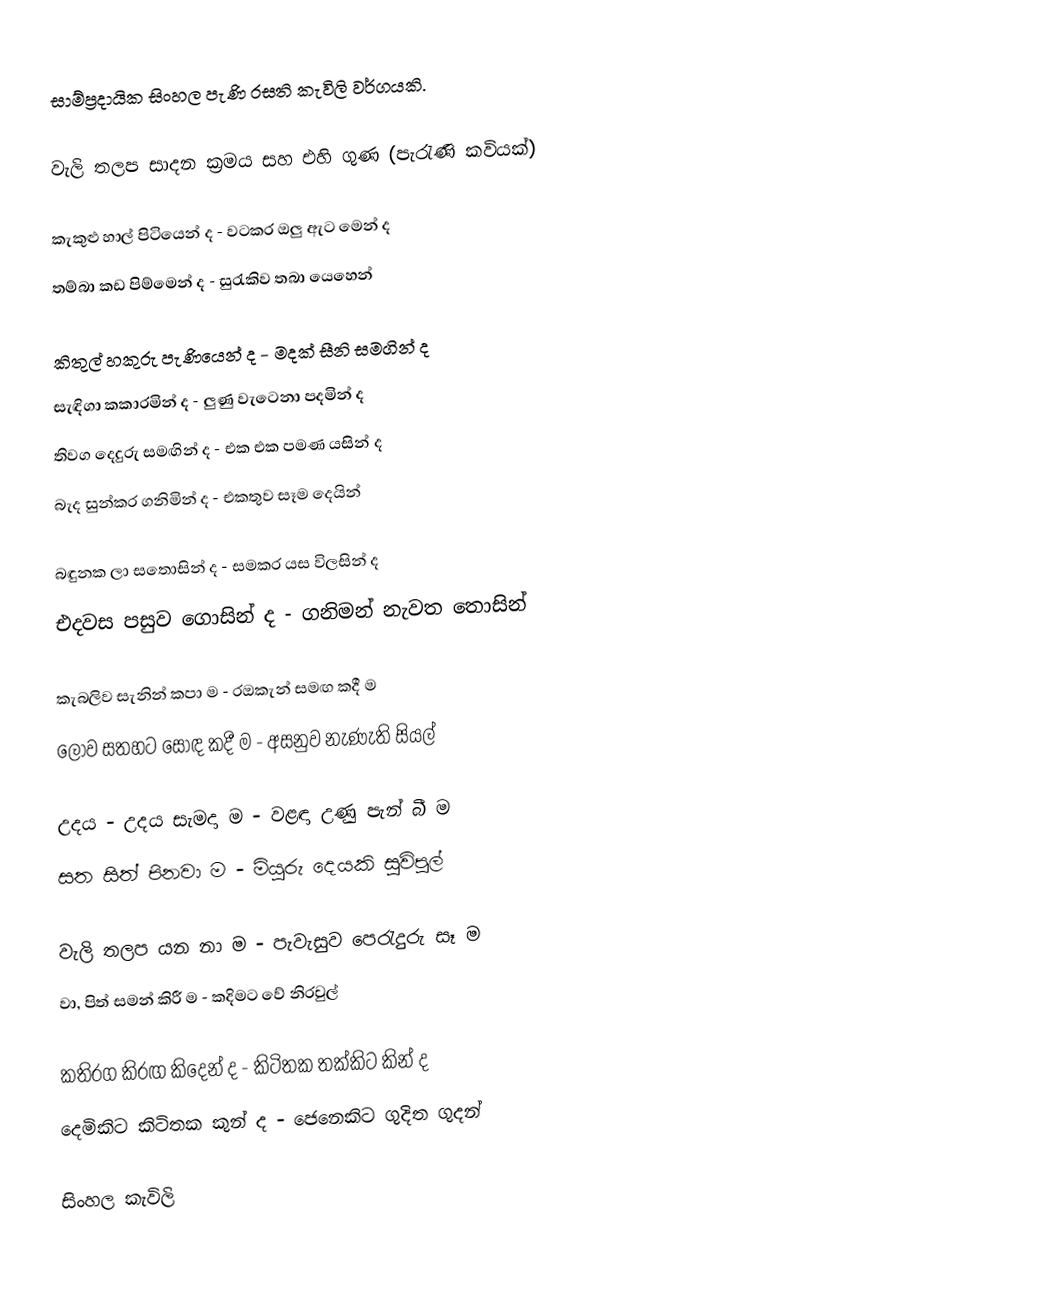
සාම්ප්‍රදායික සිංහල පැණි රසති කැවිලි වර්ගයකි.

වැලි තලප සාදන ක්‍රමය සහ එහි ගුණ (පැරැණි කවියක්)

කැකුළු හාල් පිටියෙන්	ද   -   ව‍ටකර ඔලු ඇට මෙන් 	ද
තම්බා කඩ පිම්මෙන්	ද   -   සුරැකිව තබා යෙහෙන්

කිතුල් හකුරු පැණියෙන්	ද   -   මදක් සීනි සමගින්		ද
සැඳිගා කකාරමින්	                ද   -   ලුණු වැටෙනා පදමින්	ද
තිවග දෙදුරු සමඟින්	        ද   -   එක එක පමණ යසින්	ද
බැද සුන්කර ගනිමින්	        ද   -   එකතුව සෑම දෙයින්

බඳුනක ලා සතොසින් 	ද   -   සමකර යස විලසින් 	   ද
එදවස පසුව ගොසින්	ද   -   ගනිමන් නැවත තොසින්

කැබලිව සැනින් කපා	ම   -   රඔකැන් සමඟ කදී	ම
ලොව සතහට සොඳ කදී	ම   -   අසනුව නැණැති සියල්

උදය - උදය සැමදා	        ම   -   වළඳා උණු පැන් බී	ම
සත සිත් පිනවා		ම   -   මියුරු දෙයකි සුවිපුල්

වැලි තලප යන නා  	ම   -   පැවැසුව පෙරැදුරු සෑ	ම
වා, පිත් සමන් කිරී	        ම   -   කදිමට වේ නිරවුල්

කතිරග කිරඟ කිදෙන් 	ද   -   කිටිතක තක්කිට කින්	ද
දෙමිකිට කිටිතක කුන්	ද   -   ජෙනෙකිට ගුදිත ගුදන්

සිංහල ‍කැවිලි